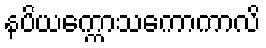
နပိယက္ကောသကောကာလိ